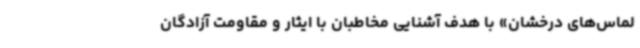
لماس‌های درخشان» با هدف آشنایی مخاطبان با ایثار و مقاومت آزادگان